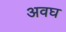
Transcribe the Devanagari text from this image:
अवघ